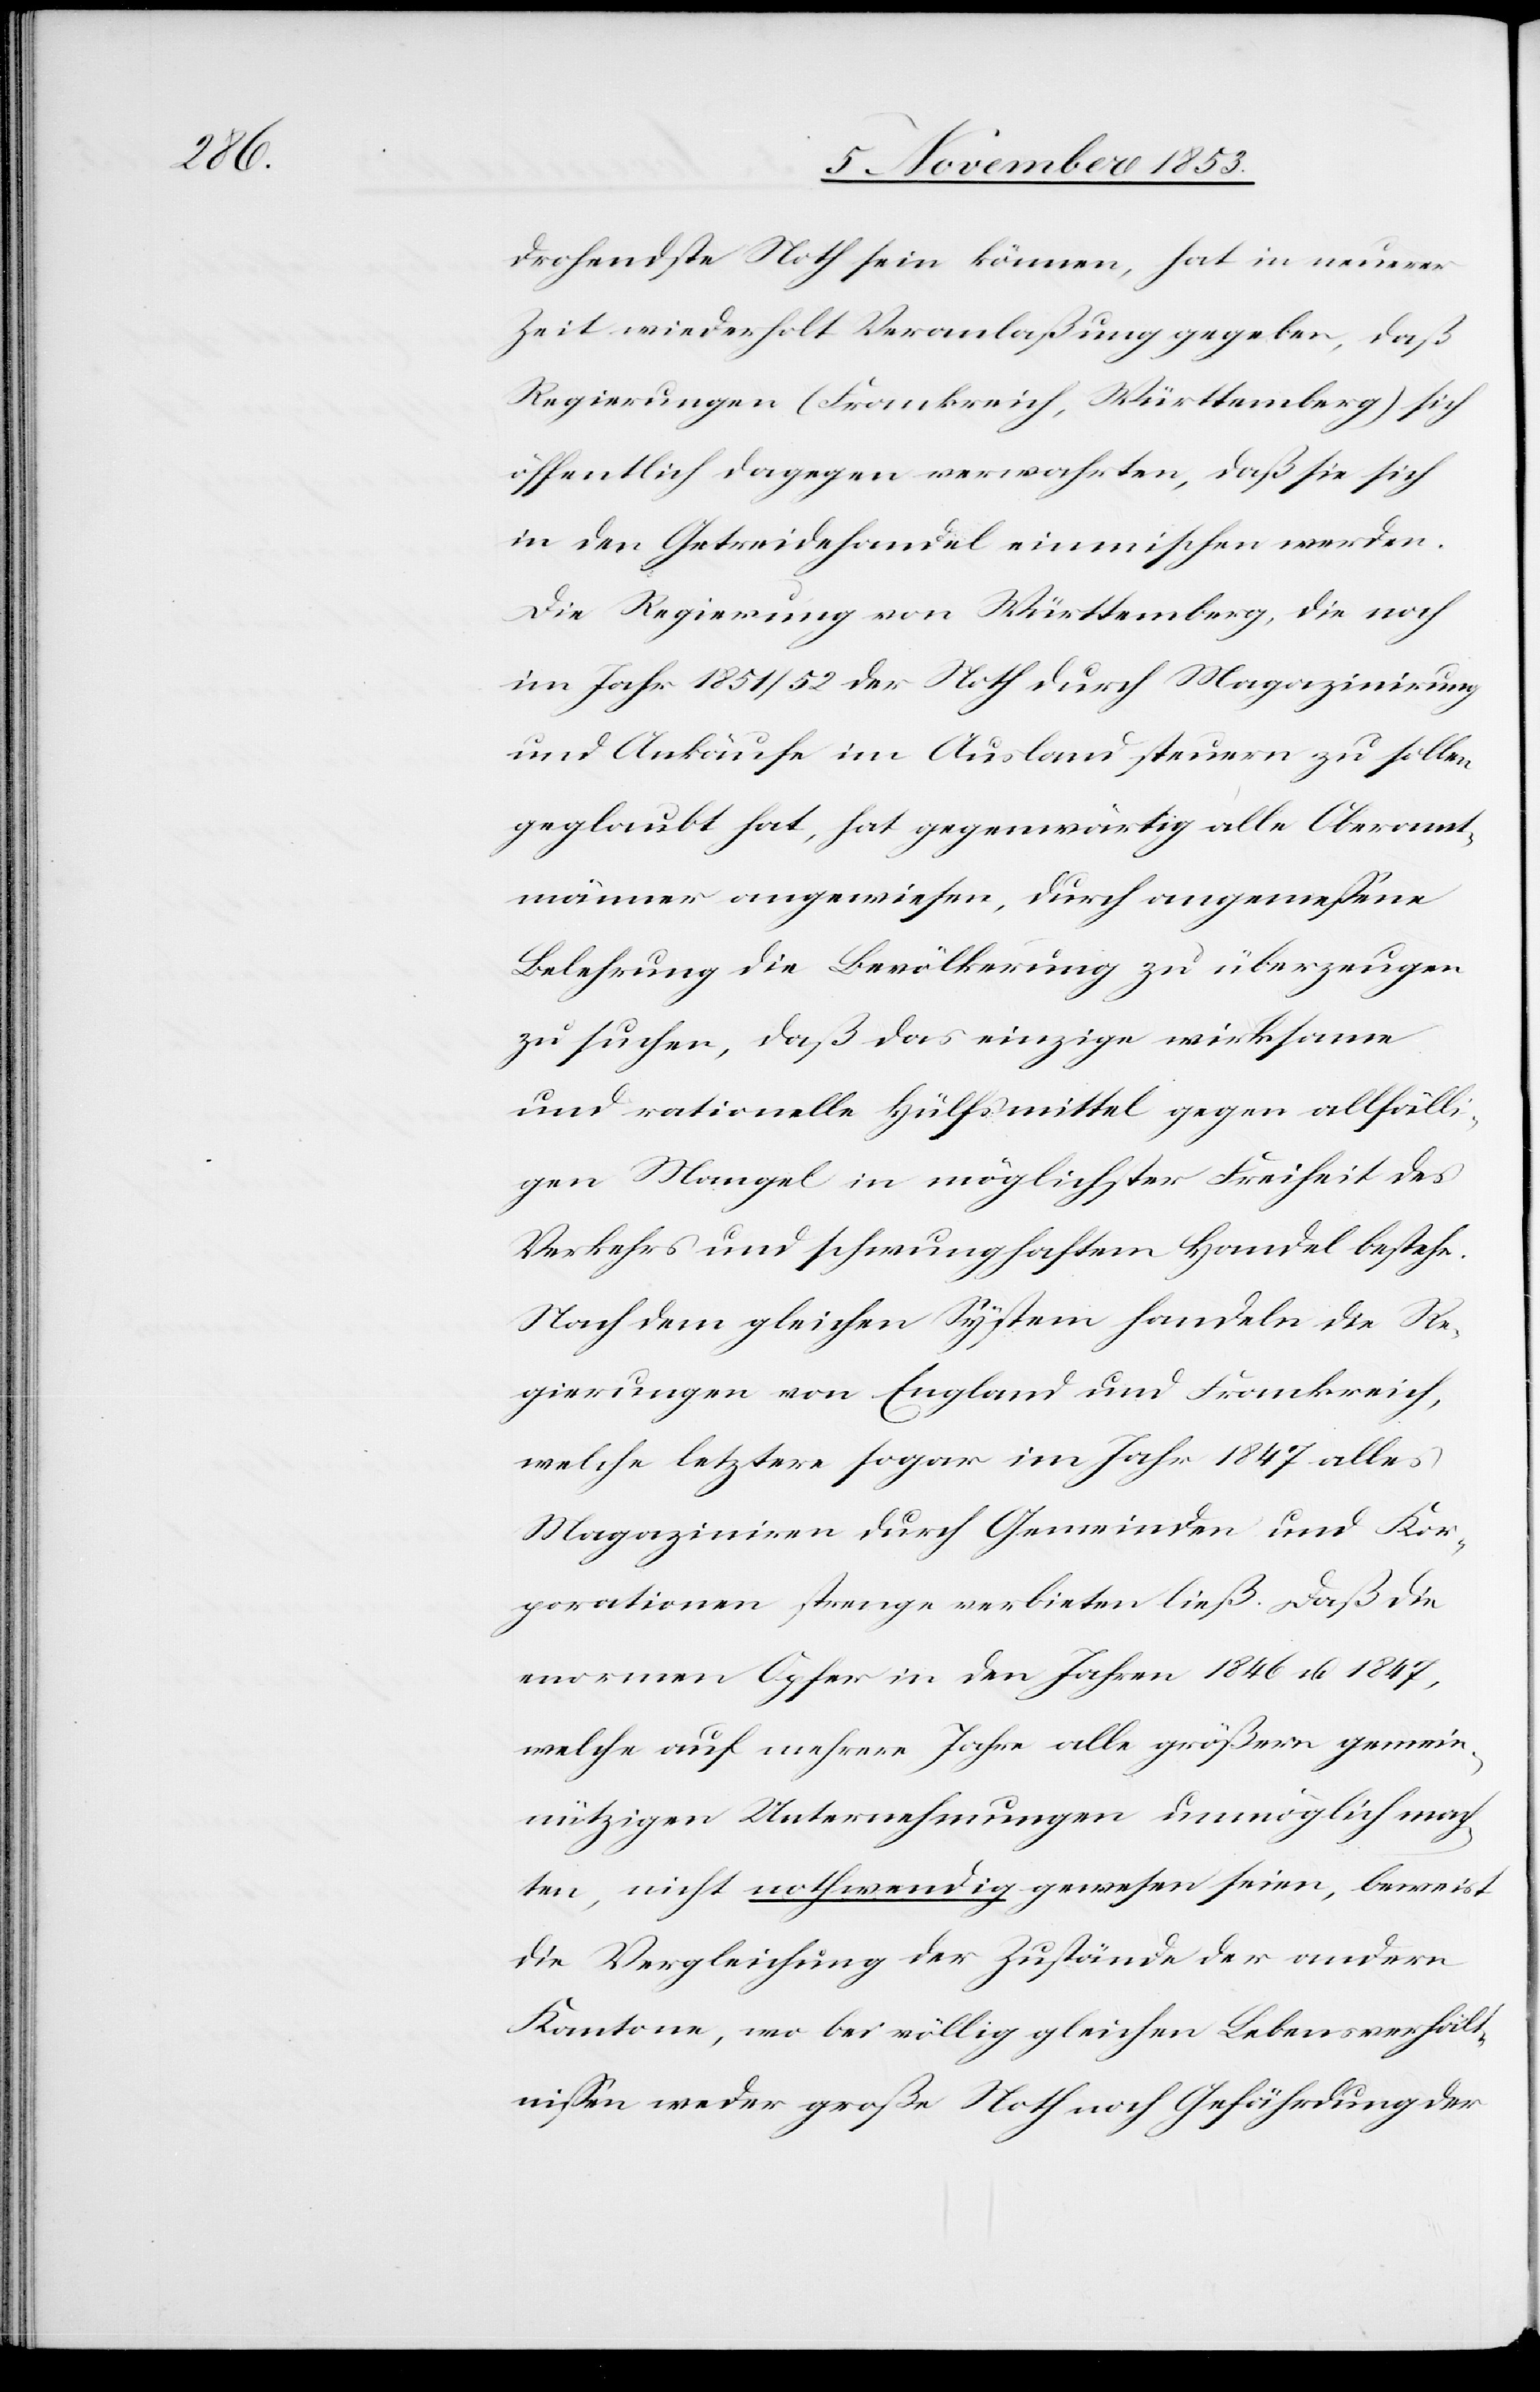
drohende Noth sein können, hat in neuerer
Zeit wiederholt Veranlaßung gegeben, daß
Regierungen (Frankreich, Württemberg) sich
öffentlich dagegen verwahrten, daß sie sich
in den Getreidehandel einmischen werden.
Die Regierung von Württemberg, die noch
im Jahr 1851/52 der Noth durch Magazinirung
und Ankäufe im Ausland steuern zu sollen
geglaubt hat, hat gegenwärtig alle Oberamt¬
männer angewiesen, durch angemeßene
Belehrung die Bevölkerung zu überzeugen
zu suchen, daß das einzige wirksame
und rationelle Hülfsmittel gegen allfälli¬
ge Mangel in möglichster Freiheit des
Verkehrs und schwunghaftem Handel bestehe.
Nach dem gleichen System handeln die Re¬
gierungen von England und Frankreich,
welche letztere sogar im Jahr 1847 alles
Magaziniren durch Gemeinden und Kor¬
porationen strenge verbieten ließ. Daß die
enormen Opfer in den Jahren 1846 u. 1847,
welche auf mehrere Jahre alle größern gemein¬
nützigen Unternehmungen unmöglich mach¬
ten, nicht nothwendig gewesen seien, beweist
die Vergleichung der Zustände der andern
Kantone, wo bei völlig gleichen Lebensverhält¬
nißen weder große Noth noch Gefährdung der